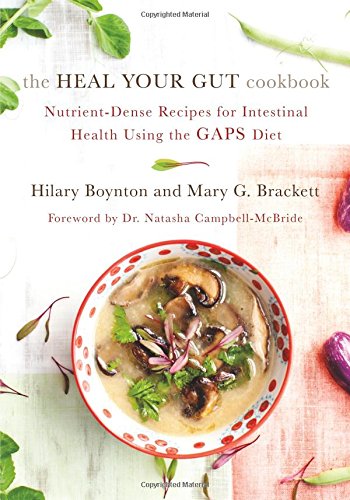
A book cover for The Heal Your Gut Cookbook: Nutrient-Dense Recipes for Intestinal Health Using the GAPS Diet; Hilary Boynton; Cookbooks, Food & Wine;